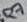
Text: R7